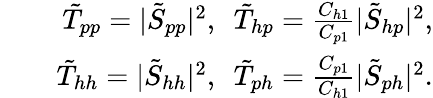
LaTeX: \begin{array}{rlr}&{}&{\tilde{T}_{pp}=\vert\tilde{S}_{pp}\vert^{2},~~\tilde{T}_{hp}=\frac{C_{h1}}{C_{p1}}\vert\tilde{S}_{hp}\vert^{2},}\\ &{}&{\tilde{T}_{hh}=\vert\tilde{S}_{hh}\vert^{2},~~\tilde{T}_{ph}=\frac{C_{p1}}{C_{h1}}\vert\tilde{S}_{ph}\vert^{2}.}\end{array}